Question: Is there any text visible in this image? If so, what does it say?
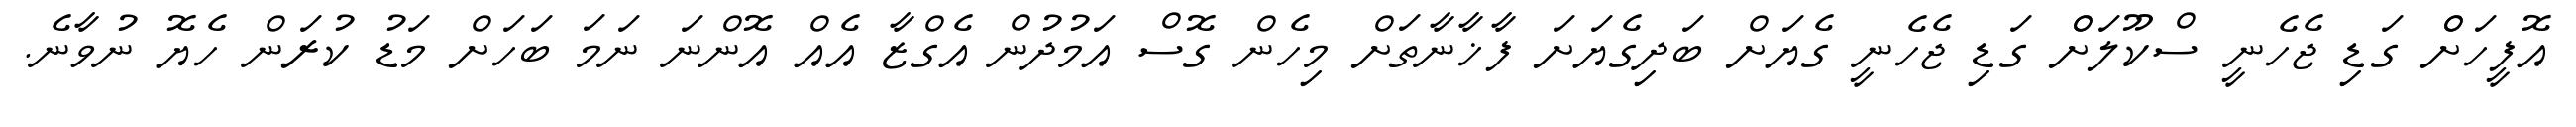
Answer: އޮފީހަށްް ގަޑި ޖެހެނީ ސްކޫލަށްް ގަޑި ޖެހެނީ ގެޔަށް ބަދިގެޔަށަ ފާޚާނާތަށް މިހެން ގޮސް އަމުދުން އެގްޒާ އެއް އޮންނަ ނަމަ ބަހަށް މަޑު ކުރަން ހެޔޮ ނުވާނެ.